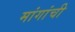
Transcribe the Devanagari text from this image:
मांगांची